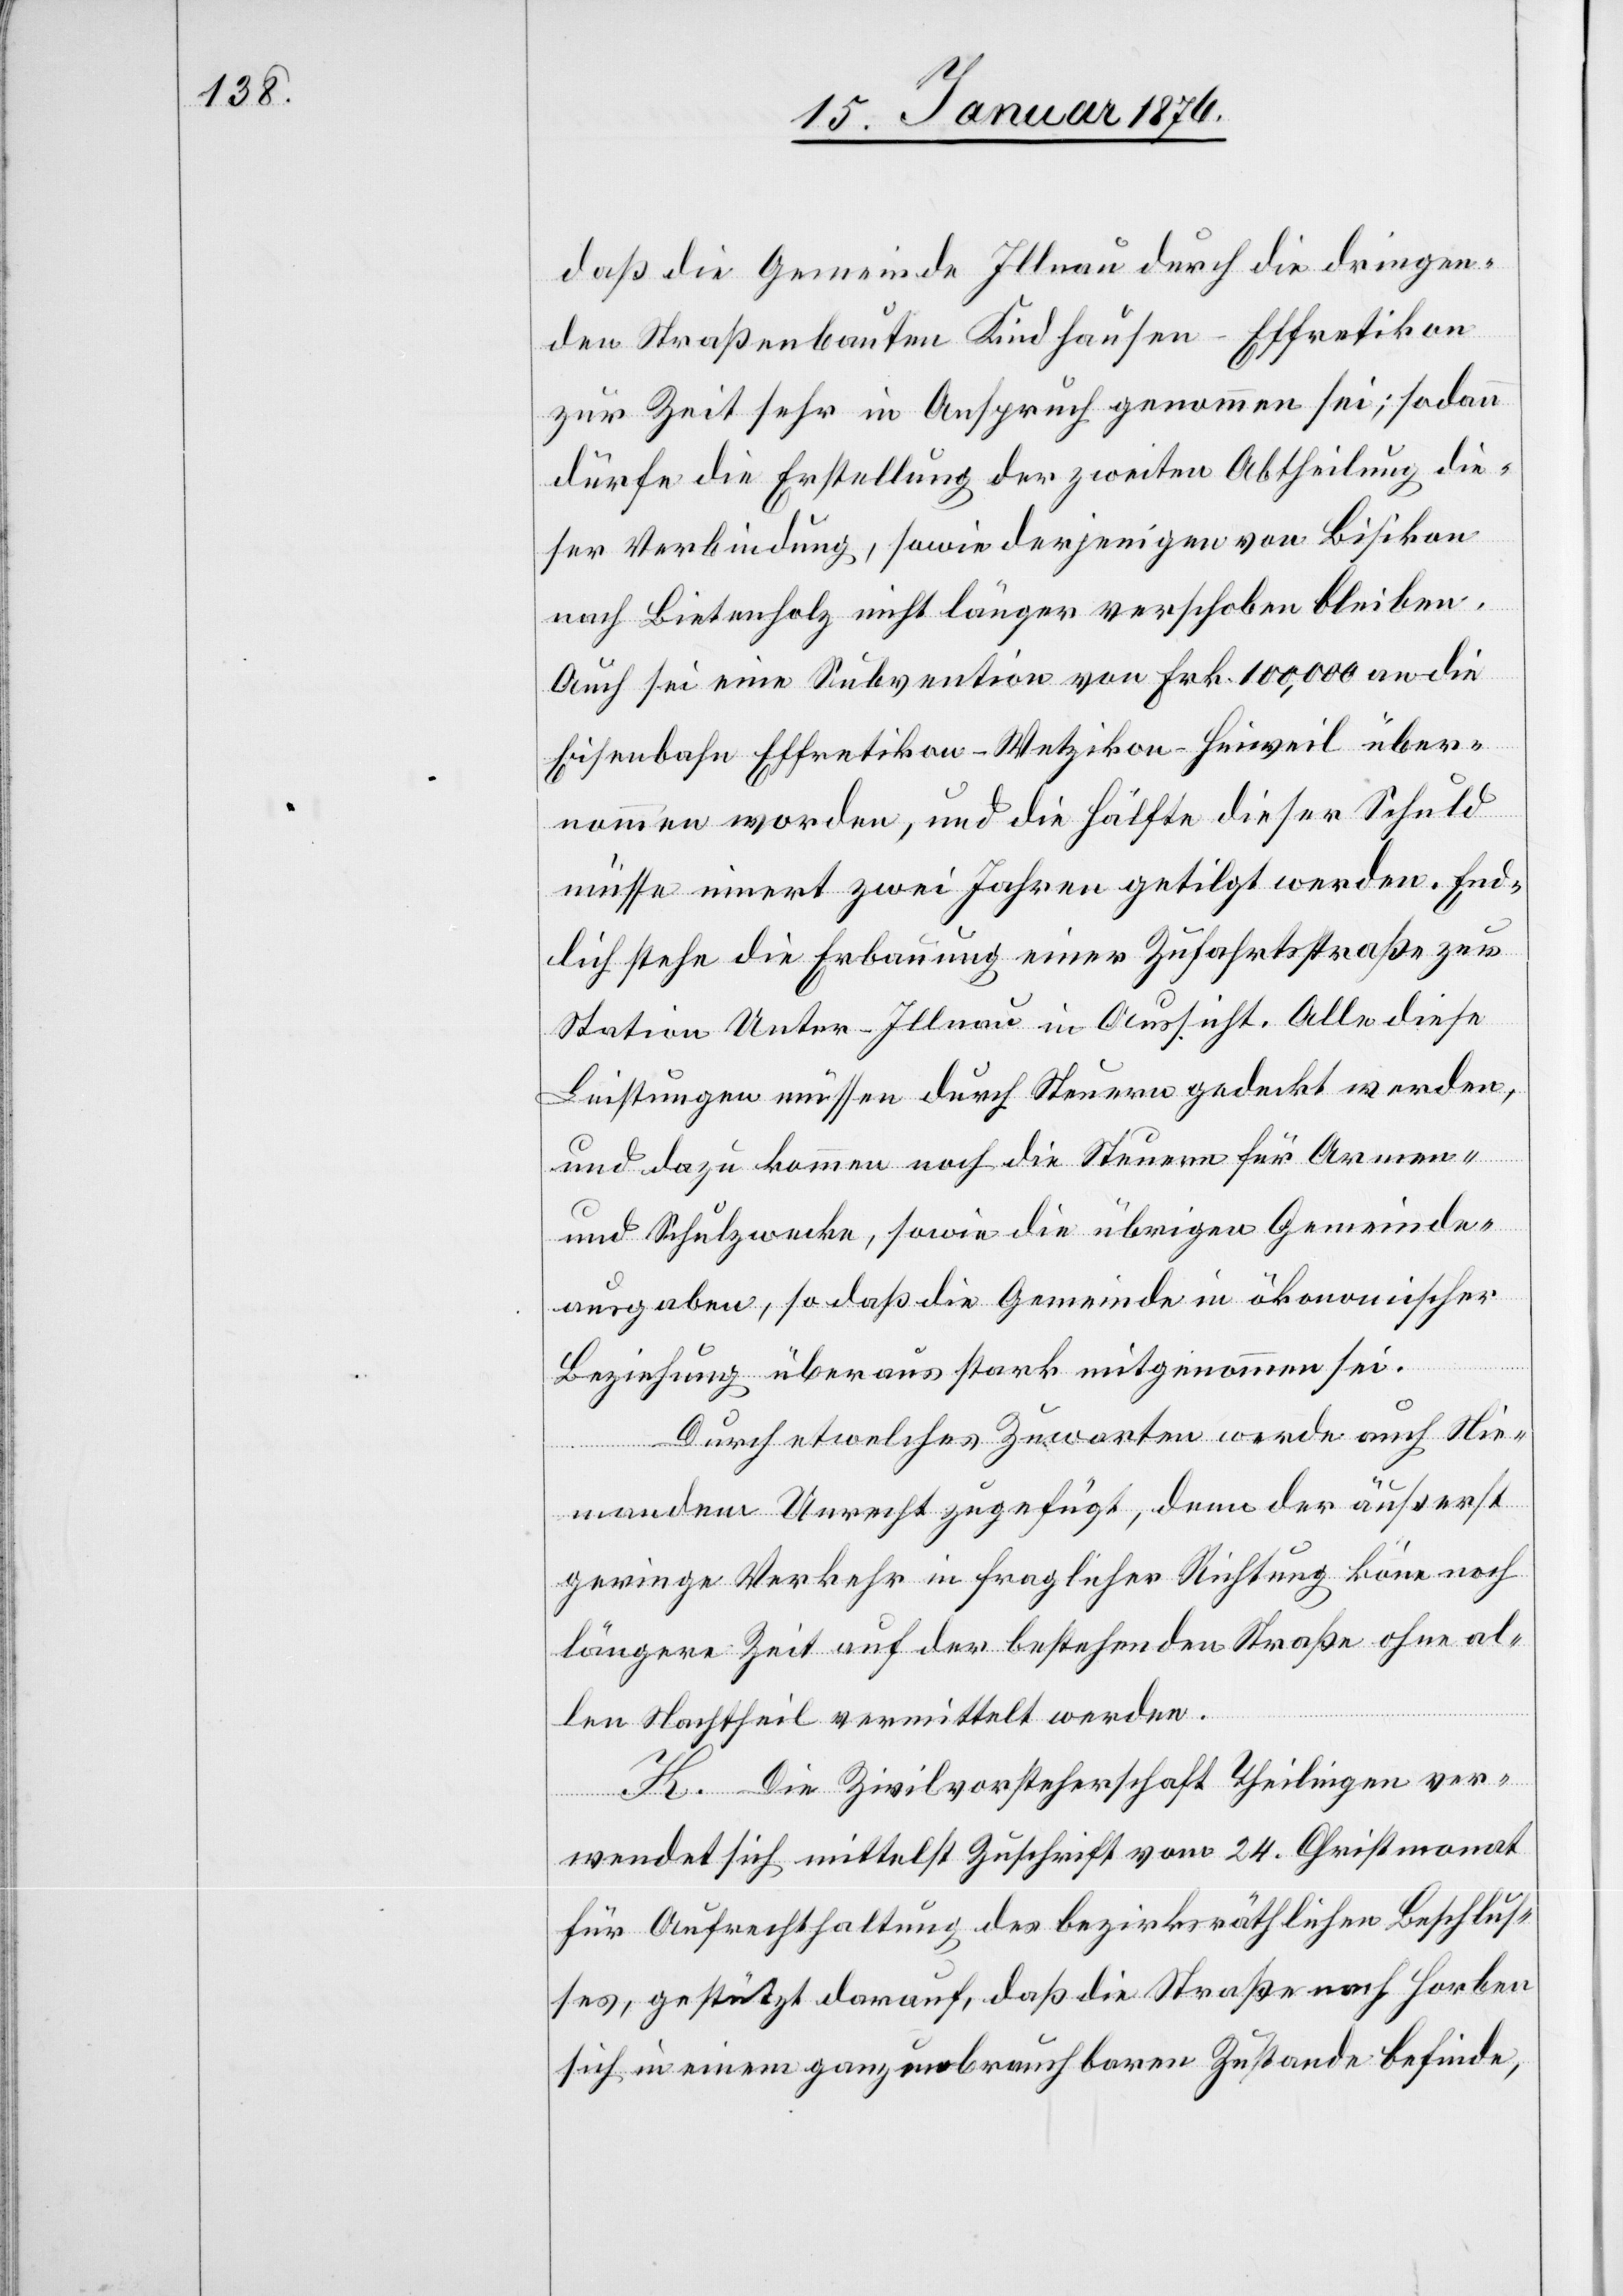
daß die Gemeinde Illnau durch die dringen¬
den Straßenbauten Kindhausen-Effretikon
zur Zeit sehr in Anspruch genommen sei; sodann
dürfe die Erstellung der zweiten Abtheilung die¬
ser Verbindung, sowie derjenigen von Bisikon
nach Bietenholz nicht länger verschoben bleiben.
Auch sei eine Subvention von Frk. 100,000 an die
Eisenbahn Effretikon-Wetzikon-Hinweil über¬
nommen worden, und die Hälfte dieser Schuld
müsse innert zwei Jahren getilgt werden. End¬
lich stehe die Erbauung einer Zufahrtsstraße zur
Station Unter-Illnau in Aussicht. Alle diese
Leistungen müssen durch Steuern gedeckt werden,
und dazu kommen noch die Steuern für Armen-
und Schulzwecke, sowie die übrigen Gemeinde¬
ausgaben, so daß die Gemeinde in ökonomischer
Beziehung überaus stark mitgenommen sei.
Durch etwelches Zuwarten werde auch Nie¬
mandem Unrecht zugefügt, denn der äußerst
geringe Verkehr in fraglicher Richtung könne noch
längere Zeit auf der bestehenden Straße ohne al¬
len Nachtheil vermittelt werden.
K. Die Zivilvorsteherschaft Theilingen ver¬
wendet sich mittelst Zuschrift vom 24. Christmonat
für Aufrechthaltung des bezirksräthlichen Beschlus¬
ses, gestützt darauf, daß die Straße nach Horben
sich in einem ganz unbrauchbaren Zustande befinde,